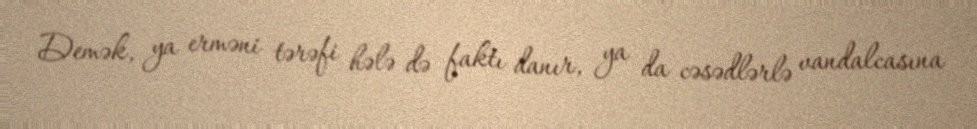
Demək, ya erməni tərəfi hələ də faktı danır, ya da cəsədlərlə vandalcasına